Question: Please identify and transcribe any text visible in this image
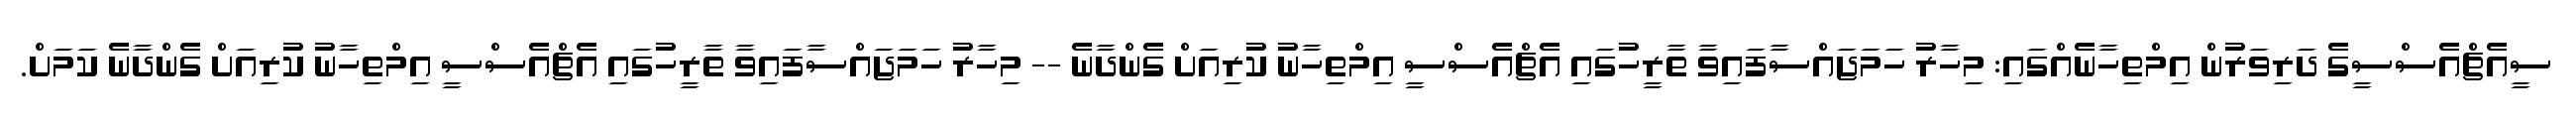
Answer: ސީއެޗްއެސްސީގެ ދަރިވަރުން އިމްތިހާނެއްގައި: މިހާރު ހަމަޖައްސާފައިވާ ތާރީހުގައި އެޗްއެސްސީ އިމްތިހާނު ކުރިއަށް ގެންދާނެ -- މިހާރު ހަމަޖައްސާފައިވާ ތާރީހުގައި އެޗްއެސްސީ އިމްތިހާނު ކުރިއަށް ގެންދާނެ ކަމަށް.